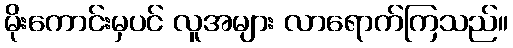
မိုးကောင်းမှပင် လူအများ လာရောက်ကြသည်။